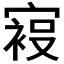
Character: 𰍙